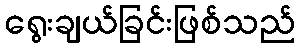
ရွေးချယ်ခြင်းဖြစ်သည်